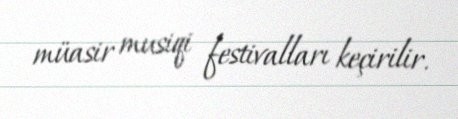
müasir musiqi festivalları keçirilir.